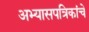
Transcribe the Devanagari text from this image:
अभ्यासपत्रिकांचे